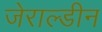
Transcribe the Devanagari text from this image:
जेराल्डीन